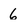
Character: 6